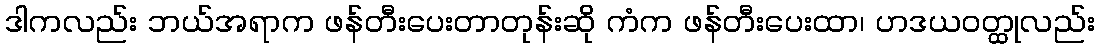
ဒါကလည်း ဘယ်အရာက ဖန်တီးပေးတာတုန်းဆို ကံက ဖန်တီးပေးထာ၊ ဟဒယဝတ္ထုလည်း